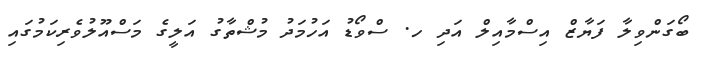
ބޯގަންވިލާ ފަޔާޒް އިސްމާއިލް އަދި ހ. ސްވޯޑު އަހުމަދު މުޝްތާގު އަލީގެ މަސްއޫލުވެރިކަމުގައި